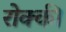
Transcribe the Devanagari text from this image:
रोक्की